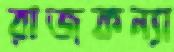
রাজকন্যা